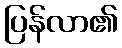
ပြန်လာ၏